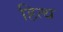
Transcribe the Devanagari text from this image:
हित्थ